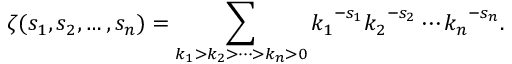
\zeta ( s _ { 1 } , s _ { 2 } , \ldots , s _ { n } ) = \sum _ { k _ { 1 } > k _ { 2 } > \cdots > k _ { n } > 0 } { k _ { 1 } } ^ { - s _ { 1 } } { k _ { 2 } } ^ { - s _ { 2 } } \cdots { k _ { n } } ^ { - s _ { n } } .